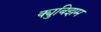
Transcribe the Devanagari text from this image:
क्युबिझम